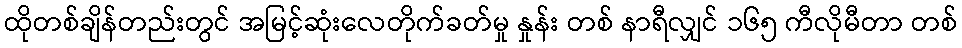
ထိုတစ်ချိန်တည်းတွင် အမြင့်ဆုံးလေတိုက်ခတ်မှု နှုန်း တစ် နာရီလျှင် ၁၆၅ ကီလိုမီတာ တစ်